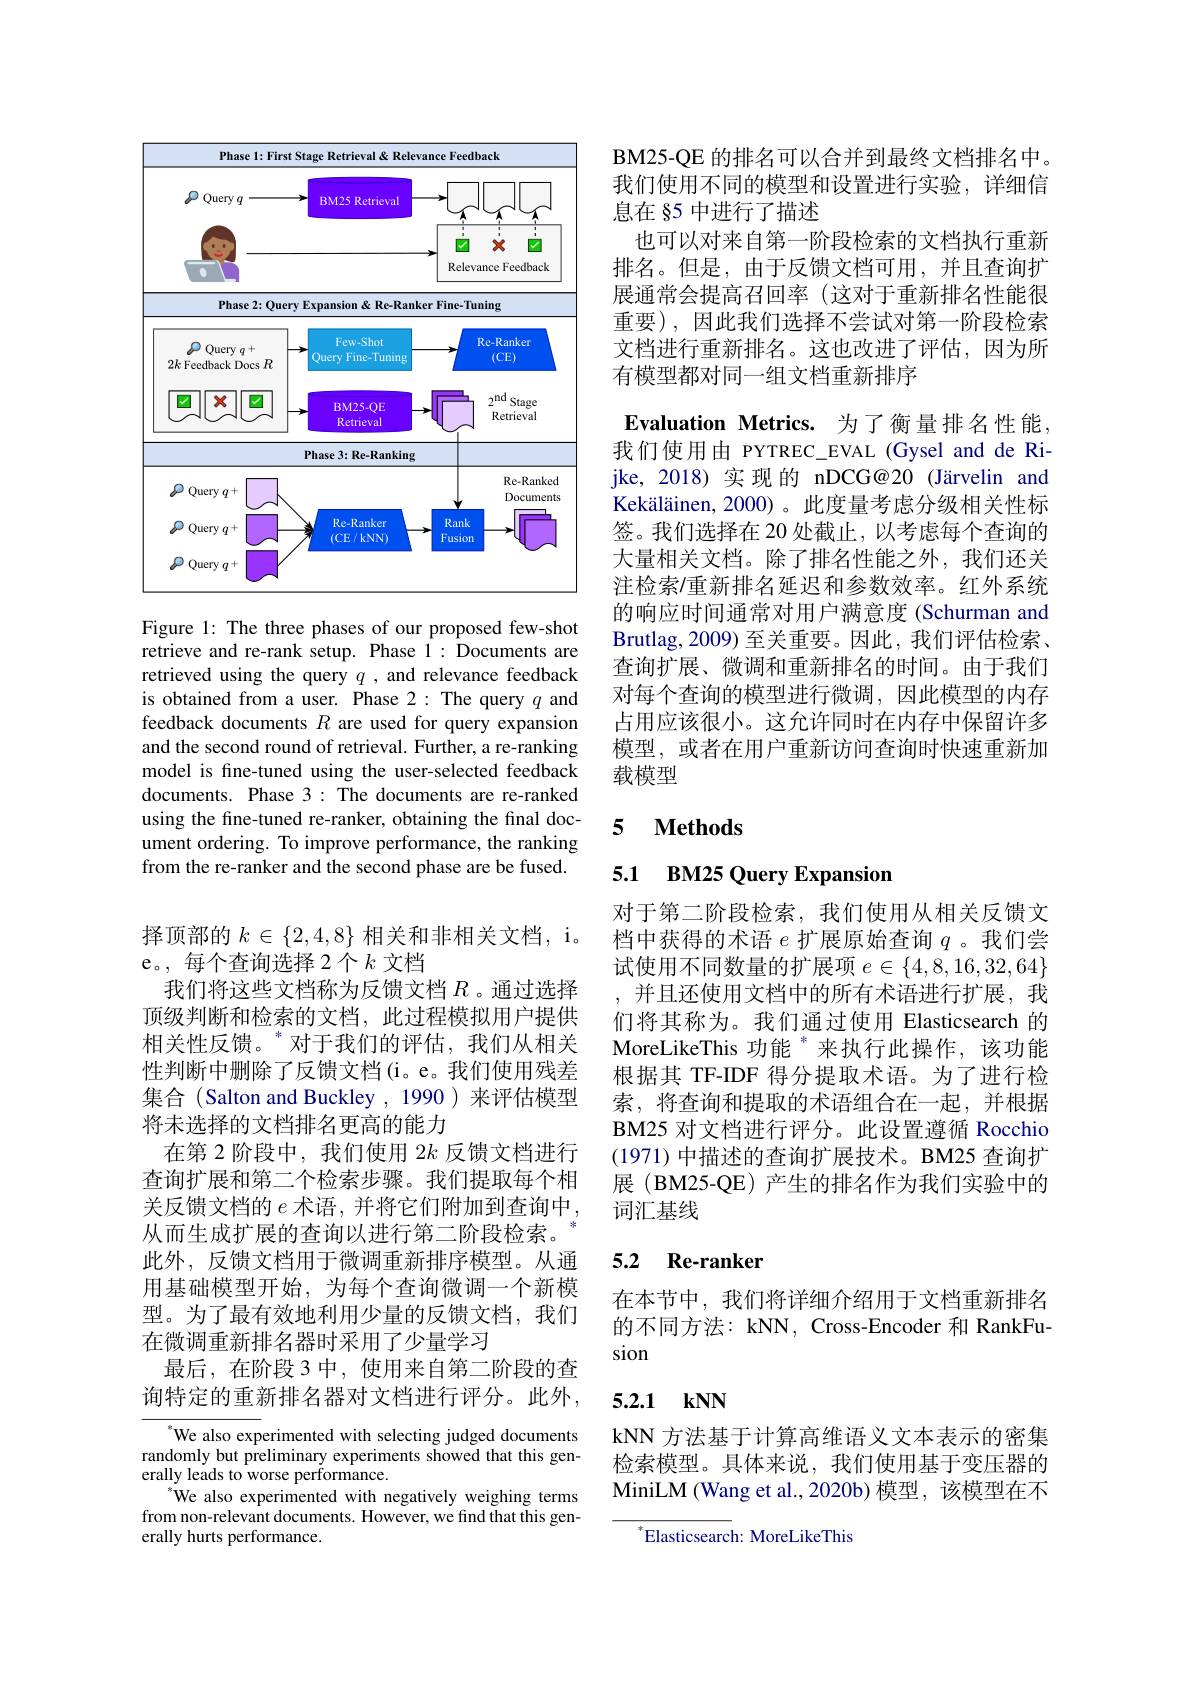
<FigureHere>

Figure 1: The three phases of our proposed few-shot retrieve and re-rank setup. Phase 1: Documents are retrieved using the query $q$ ,and relevance feedback is obtained from a user. Phase 2: The query $q$ and feedback documents $R$ are used for query expansion and the second round of retrieval. Further, a re-ranking model is fine-tuned using the user-selected feedback documents. Phase 3: The documents are re-ranked using the fine-tuned re-ranker, obtaining the final document ordering. To improve performance, the ranking from the re-ranker and the second phase are be fused.

BM25- QE的排名可以合并到最终文档排名中。我们使用不同的模型和设置进行实验，详细信息在 §5 中进行了描述
也可以对来自第一阶段检索的文档执行重新排名。但是，由于反馈文档可用，并且查询扩展通常会提高召回率(这对于重新排名性能很重要),因此我们选择不尝试对第一阶段检索文档进行重新排名。这也改进了评估，因为所有模型都对同一组文档重新排序
Evaluation Metrics. 为了衡量排名性能， 我们使用由 PYTREC\_EVAL (Gysel and de Rijke, 2018) 实现的 nDCG@20 (Järvelin and Kekäläinen, 2000)。此度量考虑分级相关性标签。我们选择在 20 处截止，以考虑每个查询的大量相关文档。除了排名性能之外，我们还关注检索/重新排名延迟和参数效率。红外系统的响应时间通常对用户满意度 (Schurman and $\operatorname{Brutlag,2009}$至关重要。因此，我们评估检索、 查询扩展、微调和重新排名的时间。由于我们对每个查询的模型进行微调，因此模型的内存占用应该很小。这允许同时在内存中保留许多模型，或者在用户重新访问查询时快速重新加载模型

# 5 $\textbf{Methods}$

5.1 BM25 Query Expansion

对于第二阶段检索，我们使用从相关反馈文档中获得的术语$e$扩展原始查询$q$ 。我们尝试使用不同数量的扩展项$e\in\{4,8,16,32,64\}$ ,并且还使用文档中的所有术语进行扩展，我们将其称为。我们通过使用 Elasticsearch 的MoreLikeThis 功能 $^{*}$来执行此操作，该功能根据其 TF-IDF 得分提取术语。为了进行检索，将查询和提取的术语组合在一起，并根据BM25 对文档进行评分。此设置遵循 Rocchio (1971)中描述的查询扩展技术。BM25 查询扩展(BM25-QE)产生的排名作为我们实验中的词汇基线

# 5.2 Re-ranker

在本节中，我们将详细介绍用于文档重新排名的不同方法：kNN, Cross-Encoder 和 RankFusion

## 5.2.1 kNN

kNN 方法基于计算高维语义文本表示的密集检索模型。具体来说，我们使用基于变压器的MiniLM (Wang et al.,2020b) 模型，该模型在不

$^{*}$Elasticsearch: MoreLikeThis

择顶部的$k\in\{2,4,8\}$相关和非相关文档，i。
e。,每个查询选择 2 个$k$文档
我们将这些文档称为反馈文档$R$ 。通过选择顶级判断和检索的文档，此过程模拟用户提供相关性反馈。“对于我们的评估，我们从相关性判断中删除了反馈文档(i。e。我们使用残差集合 (Salton and Buckley , 1990 ) 来评估模型将未选择的文档排名更高的能力
在第 2 阶段中，我们使用$2k$反馈文档进行查询扩展和第二个检索步骤。我们提取每个相关反馈文档的 $e$ 术语，并将它们附加到查询中， 从而生成扩展的查询以进行第二阶段检索。
此外，反馈文档用于微调重新排序模型。从通用基础模型开始，为每个查询微调一个新模型。为了最有效地利用少量的反馈文档，我们在微调重新排名器时采用了少量学习
最后，在阶段 3 中，使用来自第二阶段的查询特定的重新排名器对文档进行评分。此外，

°We also experimented with selecting judged documents randomly but preliminary experiments showed that this generally leads to worse performance.
$^{*}$We also experimented with negatively weighing terms from non-relevant documents. However, we find that this generally hurts performance.